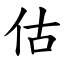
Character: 估